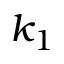
k _ { 1 }